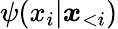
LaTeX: \psi(x_{i}|\boldsymbol x_{<i})